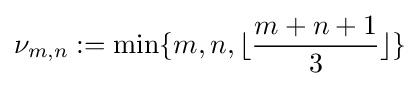
\nu _{m,n}:=\min\{m,n,\lfloor {\frac {m+n+1}{3}}\rfloor \}